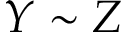
Y \sim Z